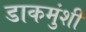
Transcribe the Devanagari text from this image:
डाकमुंशी